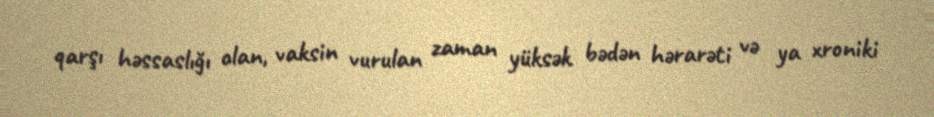
qarşı həssaslığı olan, vaksin vurulan zaman yüksək bədən hərarəti və ya xroniki